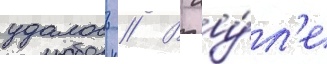
удалось // В иу́л'е